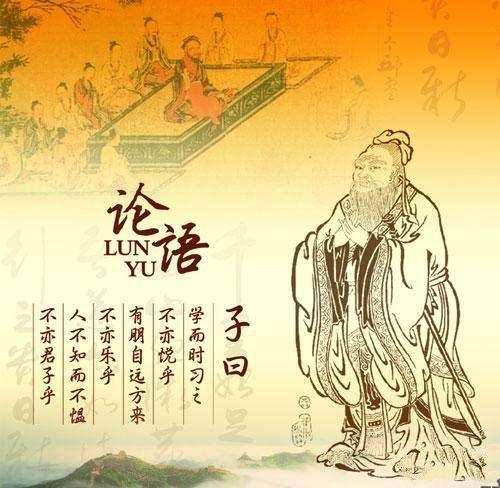
知之者不如好之者好之者不如乐之者。